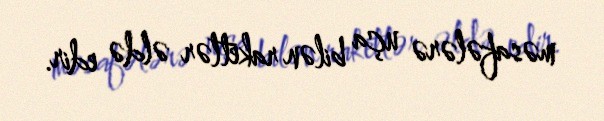
məsafələrə uça bilən raketlər əldə edir.